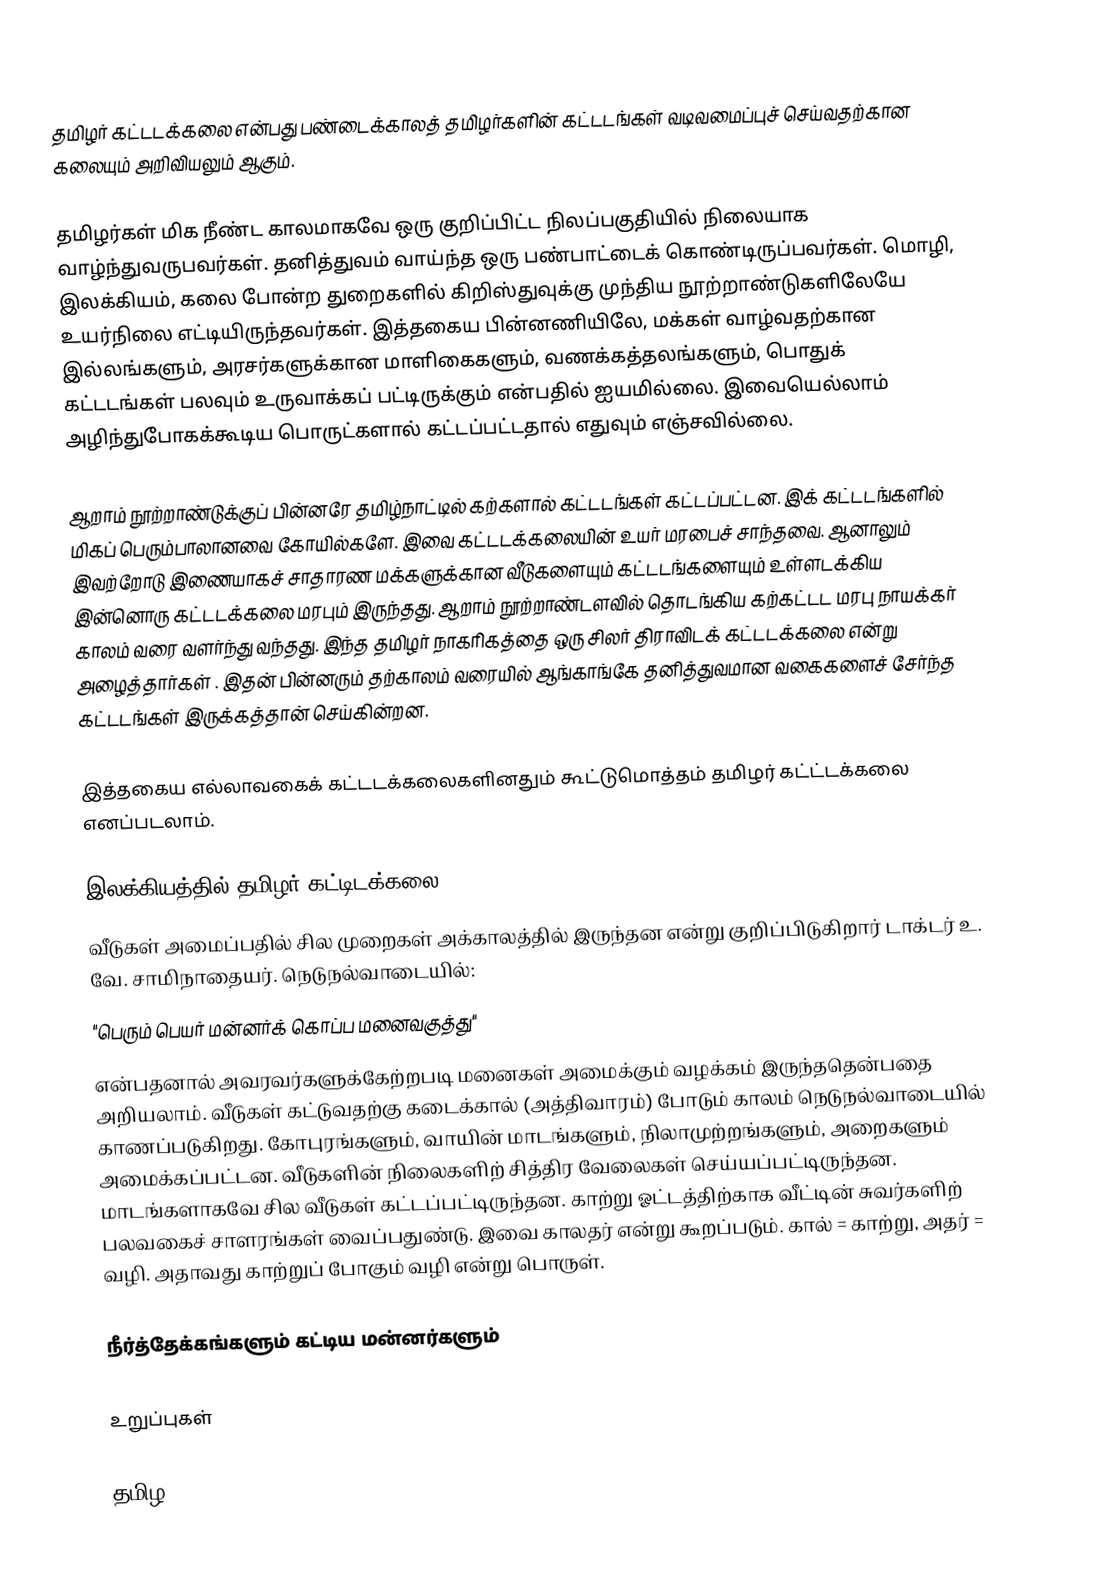
தமிழர் கட்டடக்கலை என்பது பண்டைக்காலத் தமிழர்களின் கட்டடங்கள் வடிவமைப்புச் செய்வதற்கான கலையும் அறிவியலும் ஆகும்.

தமிழர்கள் மிக நீண்ட காலமாகவே ஒரு குறிப்பிட்ட நிலப்பகுதியில் நிலையாக வாழ்ந்துவருபவர்கள். தனித்துவம் வாய்ந்த ஒரு பண்பாட்டைக் கொண்டிருப்பவர்கள். மொழி, இலக்கியம், கலை போன்ற துறைகளில் கிறிஸ்துவுக்கு முந்திய நூற்றாண்டுகளிலேயே உயர்நிலை எட்டியிருந்தவர்கள். இத்தகைய பின்னணியிலே, மக்கள் வாழ்வதற்கான இல்லங்களும், அரசர்களுக்கான மாளிகைகளும், வணக்கத்தலங்களும், பொதுக் கட்டடங்கள் பலவும் உருவாக்கப் பட்டிருக்கும் என்பதில் ஐயமில்லை. இவையெல்லாம் அழிந்துபோகக்கூடிய பொருட்களால் கட்டப்பட்டதால் எதுவும் எஞ்சவில்லை.

ஆறாம் நூற்றாண்டுக்குப் பின்னரே தமிழ்நாட்டில் கற்களால் கட்டடங்கள் கட்டப்பட்டன. இக் கட்டடங்களில் மிகப் பெரும்பாலானவை கோயில்களே. இவை கட்டடக்கலையின் உயர் மரபைச் சாந்தவை. ஆனாலும் இவற்றோடு இணையாகச் சாதாரண மக்களுக்கான வீடுகளையும் கட்டடங்களையும் உள்ளடக்கிய இன்னொரு கட்டடக்கலை மரபும் இருந்தது. ஆறாம் நூற்றாண்டளவில் தொடங்கிய கற்கட்டட மரபு நாயக்கர் காலம் வரை வளர்ந்து வந்தது. இந்த தமிழர் நாகரிகத்தை ஒரு சிலர் திராவிடக் கட்டடக்கலை என்று அழைத்தார்கள் . இதன் பின்னரும் தற்காலம் வரையில் ஆங்காங்கே தனித்துவமான வகைகளைச் சேர்ந்த கட்டடங்கள் இருக்கத்தான் செய்கின்றன.

இத்தகைய எல்லாவகைக் கட்டடக்கலைகளினதும் கூட்டுமொத்தம் தமிழர் கட்ட்டக்கலை எனப்படலாம்.

இலக்கியத்தில் தமிழர் கட்டிடக்கலை
வீடுகள் அமைப்பதில் சில முறைகள் அக்காலத்தில் இருந்தன என்று குறிப்பிடுகிறார் டாக்டர் உ. வே. சாமிநாதையர். நெடுநல்வாடையில்:
"பெரும் பெயர் மன்னர்க் கொப்ப மனைவகுத்து"
என்பதனால் அவரவர்களுக்கேற்றபடி மனைகள் அமைக்கும் வழக்கம் இருந்ததென்பதை அறியலாம். வீடுகள் கட்டுவதற்கு கடைக்கால் (அத்திவாரம்) போடும் காலம் நெடுநல்வாடையில் காணப்படுகிறது. கோபுரங்களும், வாயின் மாடங்களும், நிலாமுற்றங்களும், அறைகளும் அமைக்கப்பட்டன. வீடுகளின் நிலைகளிற் சித்திர வேலைகள் செய்யப்பட்டிருந்தன. மாடங்களாகவே சில வீடுகள் கட்டப்பட்டிருந்தன. காற்று ஓட்டத்திற்காக வீட்டின் சுவர்களிற் பலவகைச் சாளரங்கள் வைப்பதுண்டு. இவை காலதர் என்று கூறப்படும். கால் = காற்று, அதர் = வழி. அதாவது காற்றுப் போகும் வழி என்று பொருள்.

நீர்த்தேக்கங்களும் கட்டிய மன்னர்களும்

உறுப்புகள்

தமிழ